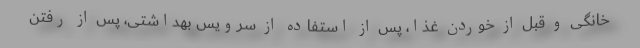
خانگی و قبل از خوردن غذا، پس از استفاده از سرویس بهداشتی، پس از رفتن